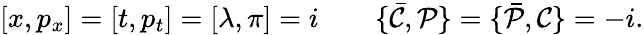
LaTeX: [x,p_{x}]=[t,p_{t}]=[\lambda,\pi]=i\qquad\{ {\bar{\cal C}},{\cal P}\} =\{ {\bar{\cal P}},{\cal C}\} =-i.